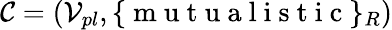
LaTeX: \mathcal{C}=(\mathcal{V}_{pl},\{ \mathrm{~m~u~t~u~a~l~i~s~t~i~c~}\} _{R})